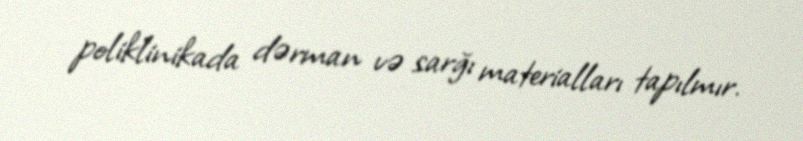
poliklinikada dərman və sarğı materialları tapılmır.